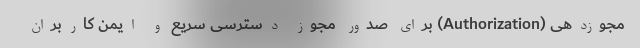
مجوزدهی (Authorization) برای صدور مجوز دسترسی سریع و ایمن کاربران